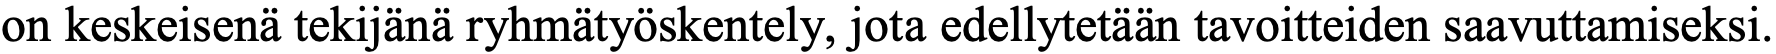
on keskeisenä tekijänä ryhmätyöskentely, jota edellytetään tavoitteiden saavuttamiseksi.